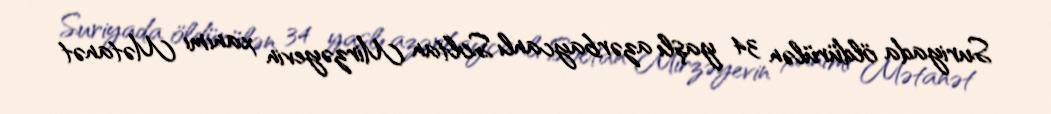
Suriyada öldürülən 34 yaşlı azərbaycanlı Soltan Mirzəyevin xanımı Mətanət